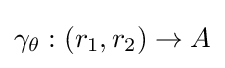
\gamma _{\theta }:(r_{1},r_{2})\to A